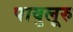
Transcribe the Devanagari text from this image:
पावुलूरु